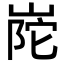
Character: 𭖰